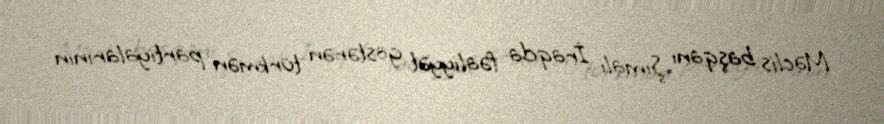
Məclis başqanı Şimali İraqda fəaliyyət göstərən türkmən partiyalarının